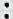
: